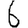
Digit: 6